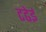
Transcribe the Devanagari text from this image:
टढेई